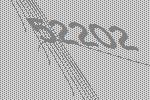
52202